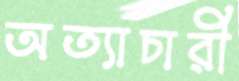
অত্যাচারী